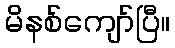
မိနစ်ကျော်ပြီ။